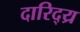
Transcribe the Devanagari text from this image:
दारिद्य्र